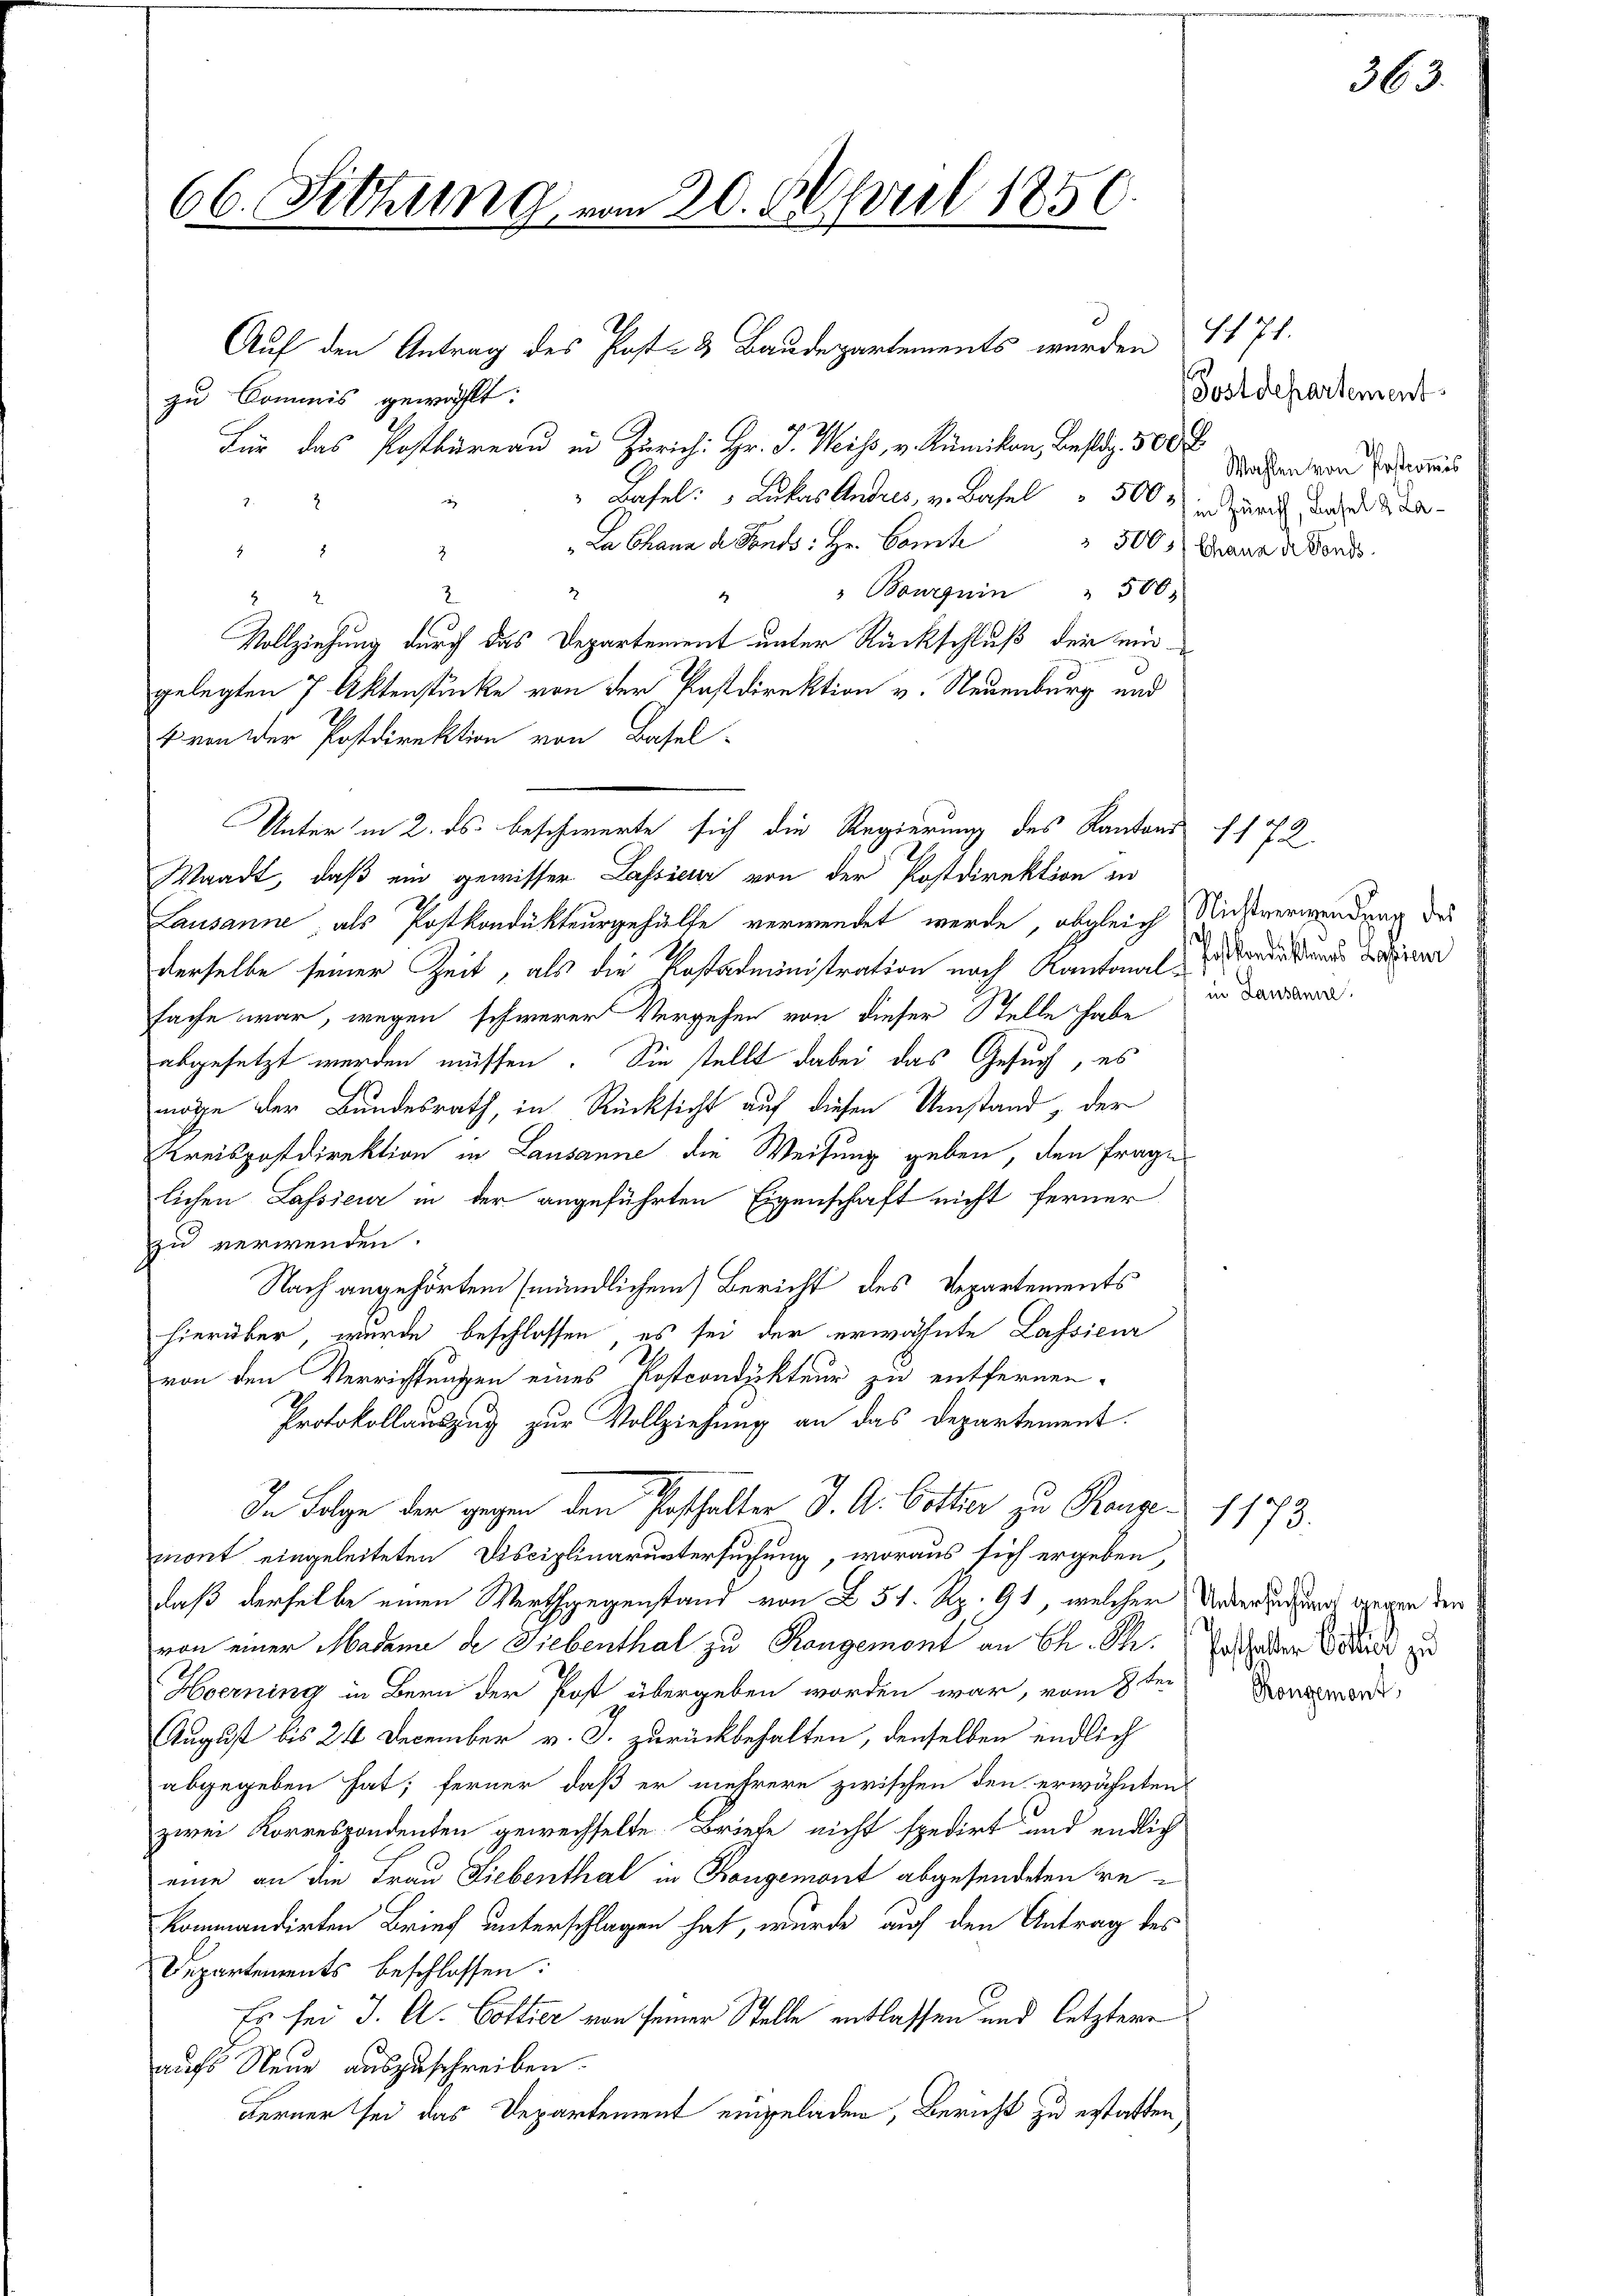
66. Sitzung vom 20. April 1850

Auf den Antrag des Post- & Baudepartements werden
zu Commis gewählt:
Für das Postbüreau in Zürich: Hr. J. Weiss, v. Kümikon, bestag 500 F
" Basel: " Lukas Andres, v. Basel " 500
"La Chann de Fonds: Hr. Comite 300 Frauen Fonds
8
3
" Bourguin " 500
2
.
Vollziehung durch das Departement unter Rückschluß der eingelegten 7 Aktenstücke von der Postdirektion v. Neuenburg und
1 von der Postdirektion von Basel-
Lausanne, als Postkondukteurgehülfe verwendet werde, obgleich
derselbe seiner Zeit, als die Kostadministration nach Kantonalsache war, wegen schwerer Vergehen von dieser Stelle habe
abgesetzt werden müssen. Sie stellt dabei das Gesuch, es
möge der Bundesrath, in Rücksicht auf diesen Umstand, der
Kreispostdirektion in Lausanne die Weisung geben, den frage
lichen Lassieur in der angeführten Eigenschaft nicht ferner
zu verwenden.
Nach angehörtem mündlichen Bericht des Repartements
hierüber, wurde beschlossen, es sei der erwähnte Lassieur
von den Verrichtungen eines Postcondukteur zu entfernen.
Protokollauszug zur Vollziehung an das Departement.
In Folge der gegen den Posthalter J. A. Bottier zu Rangemont eingeleiteten Disciplinaruntersuchung, woraus sich ergeben,
daß derselbe einen Werthgegenstand von § 51. Rp. 91, welcher Untersuchung gegen der
von einer Madame de Liebenthal zu Rongemont an Ch. Phi
Hoerning in Bern der Post übergeben worden war, vom 8ten Konzes
August bis 24 December v. J. zurückbehalten, denselben endlich
abgegeben hat; ferner, daß er mehrere zwischen den erwähnten
zwei Korrespondenten gewechselte Briefe nicht spedirt und endlich
eine an die Frau Liebenthal in Kongemont abgesendeten Bekommandirten Brief unterschlagen hat, wurde auf den Antrag des
Departements beschlossen:
Es sei J. A. Cottier von seiner Stelle entlassen und letztere
aufs Neue auszuschreiben.
Ferner sei das Departement einzuladen, Bericht zu erstatten

2
2

Unter in 2. ds. beschwerte sich die Regierung des Kantons (172
Waadt, daß ein gewisser Lassieur von der Postdirektion in

1171.
Postdepartement
Wahlen von Postcommis
in Zürich, Basel 2 La¬

Nichtverwendung des
Postkandikanes Laienr
in Lausanne

36

1173.
Posthalten Collich zu